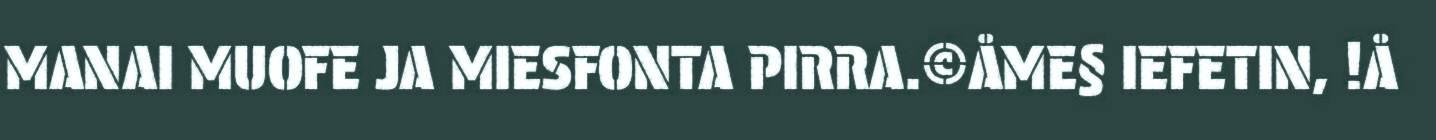
MANAI MUOFE JA MIESFONTA PIRRA.©ÅME§ IEFETIN, !Å